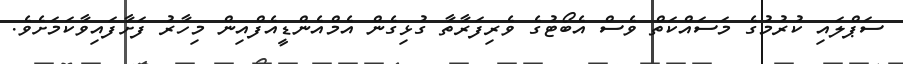
ސަޕްލައި ކުރުމުގެ މަސައްކަތް ވެސް އެބޯޓުގެ ވެރިފަރާތާ ގުޅިގެން އެމްއެންޑީއެފްއިން މިހާރު ފަށާފައިވާކަމަށެވެ.